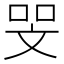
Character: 𠳵